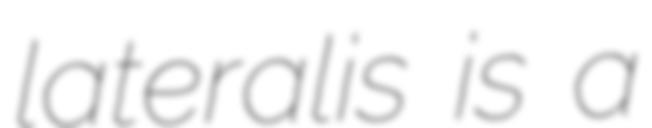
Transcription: lateralis is a